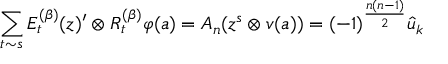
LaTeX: \sum _ { t \sim s } E _ { t } ^ { ( \beta ) } ( z ) ^ { \prime } \otimes R _ { t } ^ { ( \beta ) } \varphi ( a ) = A _ { n } ( z ^ { s } \otimes v ( a ) ) = ( - 1 ) ^ { \frac { n ( n - 1 ) } { 2 } } \hat { u } _ { k }